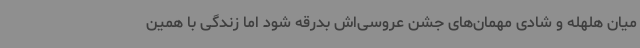
میان هلهله و شادی مهمان‌های جشن عروسی‌اش بدرقه شود اما زندگی با همین